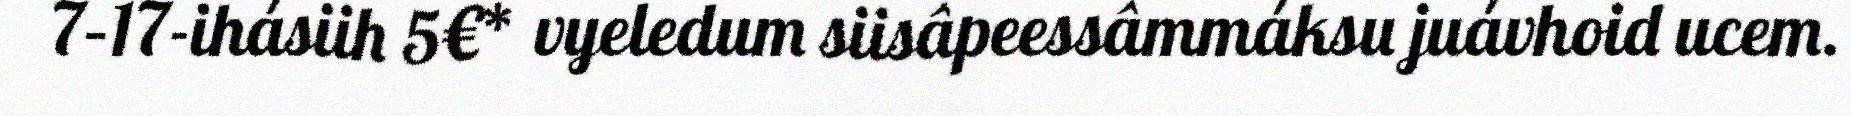
7–17-ihásiih 5€* vyeledum siisâpeessâmmáksu juávhoid ucem.